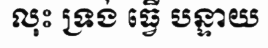
លុះ ទ្រង់ ធ្វើ បន្ទាយ